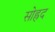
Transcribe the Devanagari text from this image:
सोह्रद